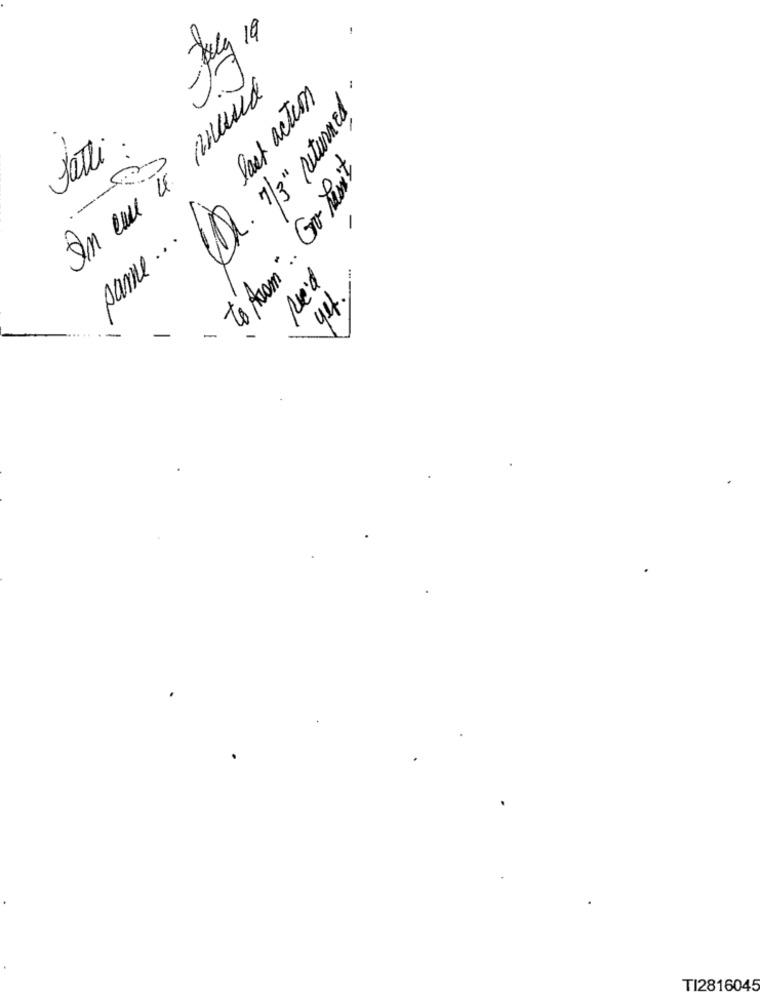
-July 19
In cui te mand
last action
7/3" returned.
fatti
to Asom ... Gro hant
--
-
.
same ...
Ne'd
yet.
-
1
TI2816045